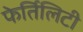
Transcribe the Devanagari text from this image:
फेर्तिलिटी